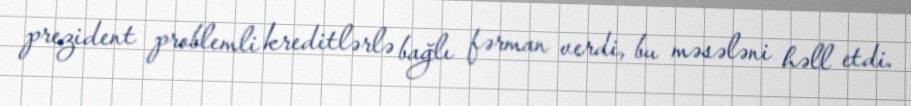
prezident problemli kreditlərlə bağlı fərman verdi, bu məsələni həll etdi.